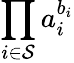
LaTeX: \prod_{i\in\mathcal{S}}a_{i}^{b_{i}}